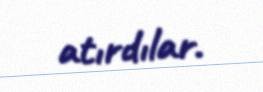
atırdılar.